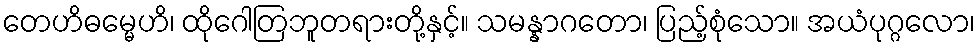
တေဟိဓမ္မေဟိ၊ ထိုဂေါတြဘူတရားတို့နှင့်။ သမန္နာဂတော၊ ပြည့်စုံသော။ အယံပုဂ္ဂလော၊